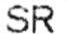
SR